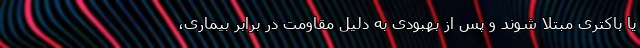
یا باکتری مبتلا شوند و پس از بهبودی به دلیل مقاومت در برابر بیماری،